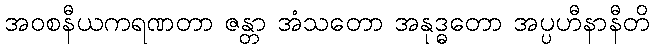
အဝစနီယကရဏတာ ဇန္တာ အံသတော အနုဒ္ဓတော အပ္ပဟီနာနီတိ